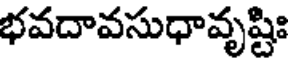
భవదావసుధావృష్టిః